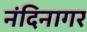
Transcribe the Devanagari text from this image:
नंदिनागर